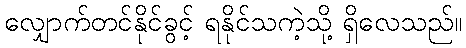
လျှောက်တင်နိုင်ခွင့် ရနိုင်သကဲ့သို့ ရှိလေသည်။